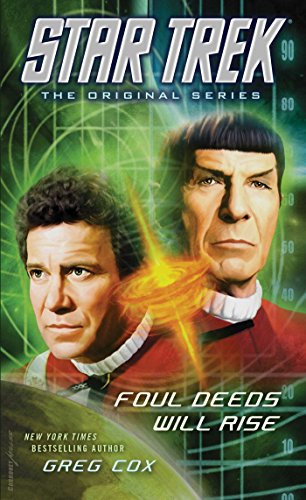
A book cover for Star Trek: The Original Series: Foul Deeds Will Rise; Greg Cox; Science Fiction & Fantasy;